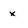
Character: x